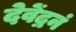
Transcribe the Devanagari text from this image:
देवेंद्रनं